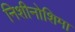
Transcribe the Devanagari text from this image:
निशीनोशिमा